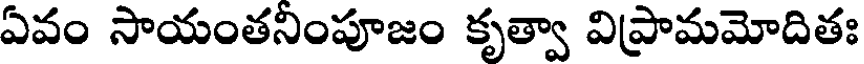
ఏవం సాయంతనింపూజం కృత్వా విప్రామమోదితః